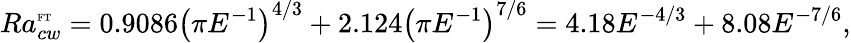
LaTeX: Ra_{cw}^{\mathrm{\tiny{FT}}}=0.9086\left(\pi E^{-1}\right)^{4/3}+2.124\left(\pi E^{-1}\right)^{7/6}=4.18E^{-4/3}+8.08E^{-7/6},